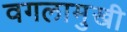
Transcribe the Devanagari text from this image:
वगलामुखी